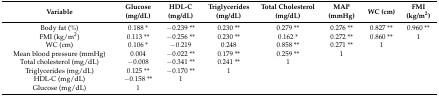
<table><thead><tr><td><b>Variable</b></td><td><b>Glucose (mg/dL)</b></td><td><b>HDL-C (mg/dL)</b></td><td><b>Triglycerides (mg/dL)</b></td><td><b>Total Cholesterol (mg/dL)</b></td><td><b>MAP (mmHg)</b></td><td><b>WC (cm)</b></td><td><b>FMI (kg/m<sup>2</sup>)</b></td></tr></thead><tbody><tr><td>Body fat (%)</td><td>0.188 *</td><td>−0.239 **</td><td>0.230 **</td><td>0.279 **</td><td>0.276 **</td><td>0.827 **</td><td>0.960 **</td></tr><tr><td>FMI (kg/m<sup>2</sup>)</td><td>0.113 **</td><td>−0.256 **</td><td>0.230 **</td><td>0.162 *</td><td>0.272 **</td><td>0.860 **</td><td>1</td></tr><tr><td>WC (cm)</td><td>0.106 *</td><td>−0.219</td><td>0.248</td><td>0.858 **</td><td>0.271 **</td><td>1</td><td></td></tr><tr><td>Mean blood pressure (mmHg)</td><td>0.004</td><td>−0.022 **</td><td>0.179 **</td><td>0.259 **</td><td>1</td><td></td><td></td></tr><tr><td>Total cholesterol (mg/dL)</td><td>−0.008</td><td>−0.341 **</td><td>0.241 **</td><td>1</td><td></td><td></td><td></td></tr><tr><td>Triglycerides (mg/dL)</td><td>0.125 **</td><td>−0.170 **</td><td>1</td><td></td><td></td><td></td><td></td></tr><tr><td>HDL-C (mg/dL)</td><td>−0.158 **</td><td>1</td><td></td><td></td><td></td><td></td><td></td></tr><tr><td>Glucose (mg/dL)</td><td>1</td><td></td><td></td><td></td><td></td><td></td><td></td></tr></tbody></table>